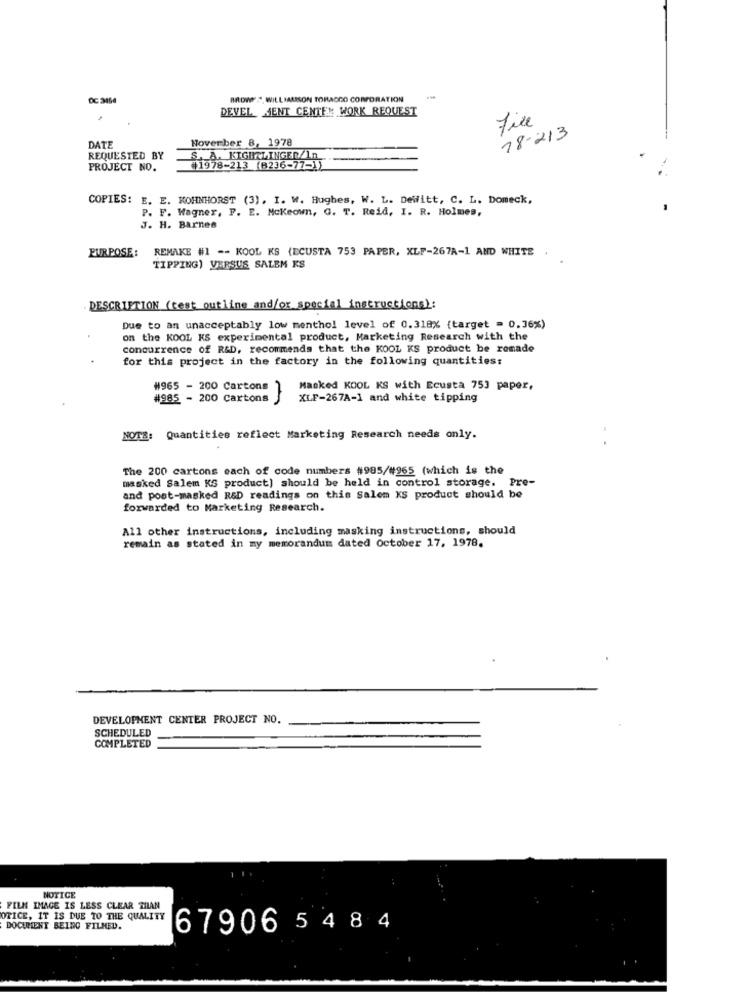
BROWF .", WILLIAMSON TORAGGO CORPORATION
DEVEL MENT CENTER WORK REQUEST
Fixe
18-213
DATE
Hoverber 8, 1978
REQUESTED BY
S. A. KIGHTLINGER/In
PROJECT NO.
#1978-213 (B236-77-1)
COPIES: E. E. KOHNHORST (3). I. W. Hughes, W. L. Dewitt, C. L. Domeck,
P. F. Wagner, F. E. Mckeown, G. T. Reid, I. R. Holmes,
J. H. Barnes
REMAKE #1 -- KOOL KS (ECUSTA 753 PAPER, XLF-267A-1 AND WHITE
PURPOSE:
TIPPING) VERSUS SALEM KS
DESCRIPTION (cest outline and/or special instructions):
Due to an unacceptably low menthol level of 0.318% {target = 0.36%)
on the KOOL KS experimental product, Marketing Research with the
concurrence of R&D, recommends that the KOOL KS product be romade
for this project in the factory in the following quantities:
#965 - 200 Cartons ) Masked KOOL KS with Ecusta 753 paper,
#985 - 200 cartons
XLF-267A-1 and white tipping
NOTE: Quantities reflect Marketing Research needs only.
The 200 cartons each of code numbers #985/#965 (which is the
masked Salem KS product) should be held in control storage. Pre-
and post-masked R&D readings on this Salem KS product should be
forwarded to Marketing Research.
All other instructions, including masking instructions, should
remain as stated in my memorandum dated October 17, 1978.
DEVELOPMENT CENTER PROJECT NO.
SCHEDULED
COMPLETED
NOTICE
FILM IMAGE IS LESS CLEAR THAN
OTICE, IT IS DUE TO THE QUALITY
DOCUMENT BEING FILMED.
67906 5 4 8 4